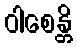
ဝါစေန္တိ